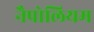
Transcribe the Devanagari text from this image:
नैपोलियम